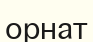
орнат